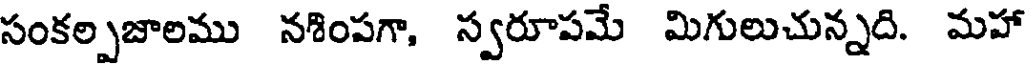
సంకల్పజాలము నశింపగా, స్వరూపమే మిగులుచున్నది. మహా